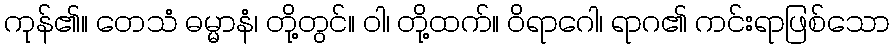
ကုန်၏။ တေသံ ဓမ္မာနံ၊ တို့တွင်။ ဝါ၊ တို့ထက်။ ဝိရာဂေါ၊ ရာဂ၏ ကင်းရာဖြစ်သော